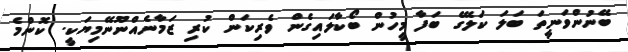
ބޭނުންވަނީތަ ބަލަ ކަލޭގެ ބަފާ މީހުން ބޯކާލައިގެން ވެރިކަން ކުރި ޒަމާނެއްނޫނޭމިޔަކީ. ކޮންމެ